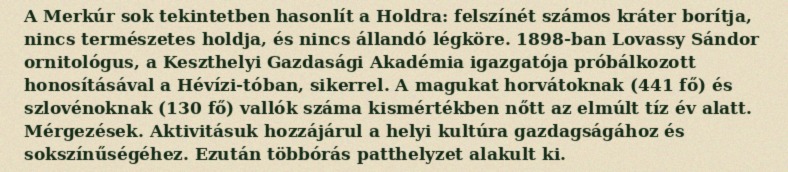
A Merkúr sok tekintetben hasonlít a Holdra: felszínét számos kráter borítja, nincs természetes holdja, és nincs állandó légköre. 1898-ban Lovassy Sándor ornitológus, a Keszthelyi Gazdasági Akadémia igazgatója próbálkozott honosításával a Hévízi-tóban, sikerrel. A magukat horvátoknak (441 fő) és szlovénoknak (130 fő) vallók száma kismértékben nőtt az elmúlt tíz év alatt. Mérgezések. Aktivitásuk hozzájárul a helyi kultúra gazdagságához és sokszínűségéhez. Ezután többórás patthelyzet alakult ki.